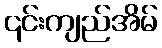
၎င်းကျည်အိမ်